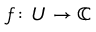
f \colon U \to \mathbb { C }